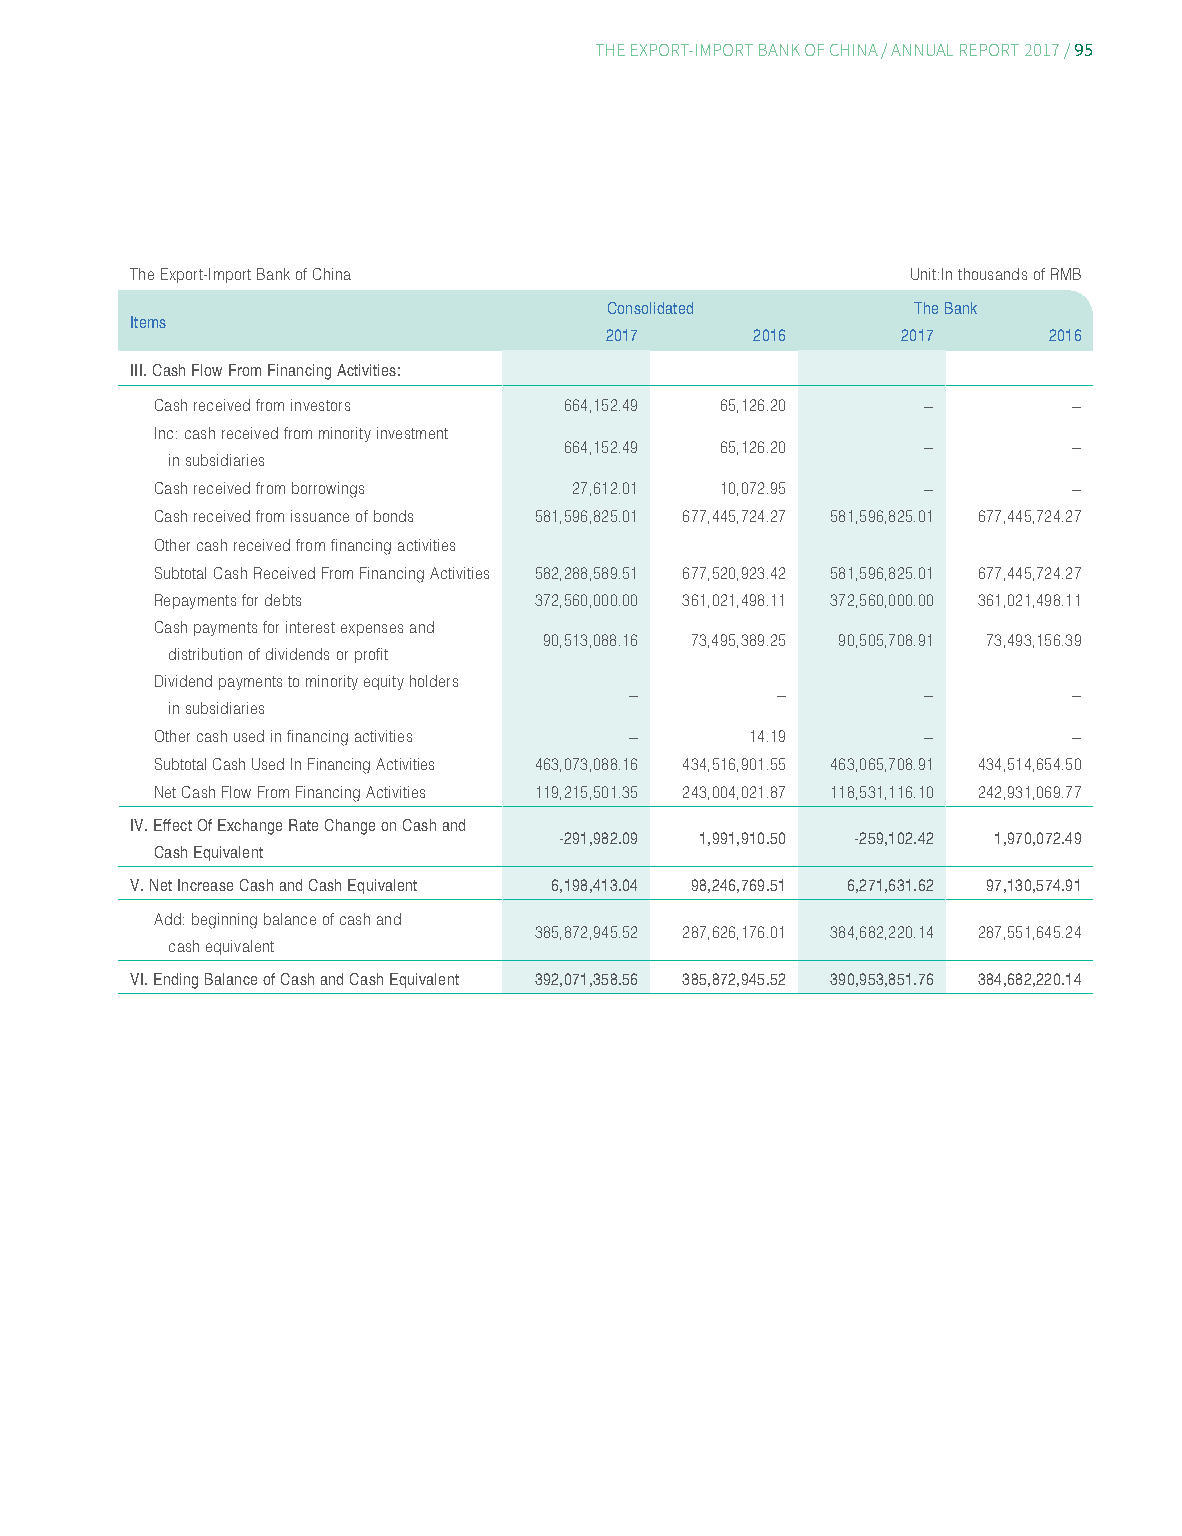
95
 THE EXPORT-IMPORT BANK OF CHINA/ ANNUAL REPORT 2017/
 The Export-Import Bank of China                    Unit:In thousands of RMB
 Consolidated        The Bank
 Items
 2017      2016      2017     2016
 III. Cash Flow From Financing Activities:
 Cash received from investors 664,152.49 65,126.20  –         –
 Inc: cash received from minority investment
 664,152.49 65,126.20    –         –
 in subsidiaries
 Cash received from borrowings 27,612.01 10,072.95  –         –
 Cash received from issuance of bonds 581,596,825.01 677,445,724.27 581,596,825.01 677,445,724.27
 Other cash received from financing activities
 Subtotal Cash Received From Financing Activities 582,288,589.51 677,520,923.42 581,596,825.01 677,445,724.27
 Repayments for debts     372,560,000.00 361,021,498.11 372,560,000.00 361,021,498.11
 Cash payments for interest expenses and
 90,513,088.16 73,495,389.25 90,505,708.91 73,493,156.39
 distribution of dividends or profit
 Dividend payments to minority equity holders
 –        –         –         –
 in subsidiaries
 Other cash used in financing activities – 14.19    –         –
 Subtotal Cash Used In Financing Activities 463,073,088.16 434,516,901.55 463,065,708.91 434,514,654.50
 Net Cash Flow From Financing Activities 119,215,501.35 243,004,021.87 118,531,116.10 242,931,069.77
 IV. Effect Of Exchange Rate Change on Cash and
 -291,982.09 1,991,910.50 -259,102.42 1,970,072.49
 Cash Equivalent
 V. Net Increase Cash and Cash Equivalent 6,198,413.04 98,246,769.51 6,271,631.62 97,130,574.91
 Add: beginning balance of cash and
 385,872,945.52 287,626,176.01 384,682,220.14 287,551,645.24
 cash equivalent
 VI. Ending Balance of Cash and Cash Equivalent 392,071,358.56 385,872,945.52 390,953,851.76 384,682,220.14